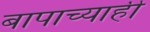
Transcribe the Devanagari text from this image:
बापाच्याही